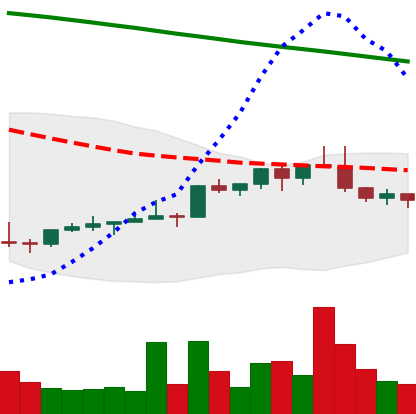
Ticker: NEO-USD
Chart end date: 2022-02-14
Forward return: 17.405%
Label: up_7plus